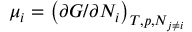
\mu _ { i } = \left( { \partial G } / { \partial N _ { i } } \right) _ { T , p , N _ { j \neq i } }